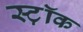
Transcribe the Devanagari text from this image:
स्ट़ॉक